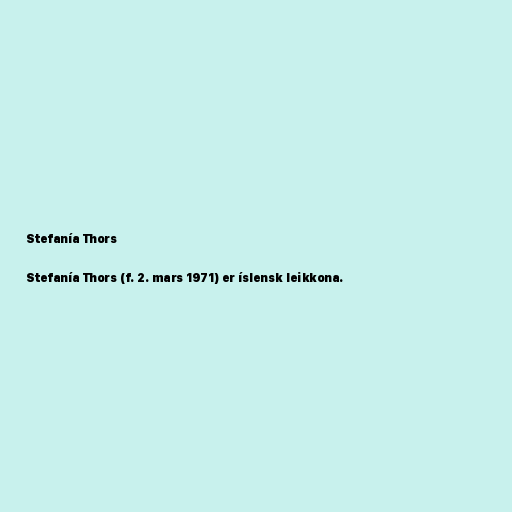
Stefanía Thors

Stefanía Thors (f. 2. mars 1971) er íslensk leikkona.